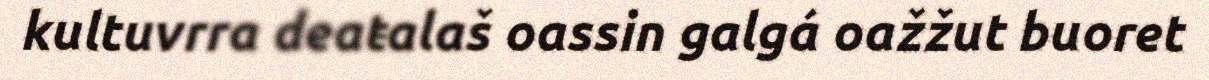
kultuvrra deaŧalaš oassin galgá oažžut buoret